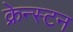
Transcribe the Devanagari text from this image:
क्रेन्स्टन